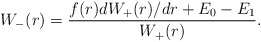
\begin{align*} W_-(r) = \frac{f(r) dW_+(r)/dr + E_0 - E_1}{W_+(r)}. \end{align*}